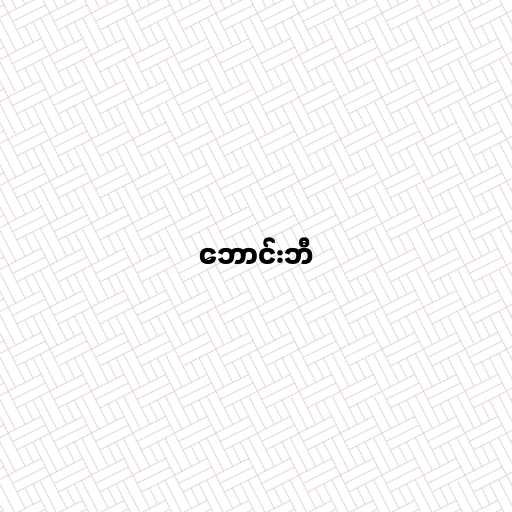
ဘောင်းဘီ